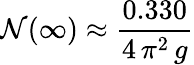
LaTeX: {\cal N}(\infty)\approx{\frac{0.330}{4\, \pi^{2}\, g}}